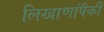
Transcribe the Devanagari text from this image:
लिखाणांपैकी